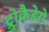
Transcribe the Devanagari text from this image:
ट्रोकैडेरो